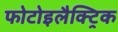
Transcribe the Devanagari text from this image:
फोटोइलैक्ट्रिक